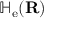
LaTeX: \mathbb { H } _ { \mathrm { e } } ( \mathbf { R } )